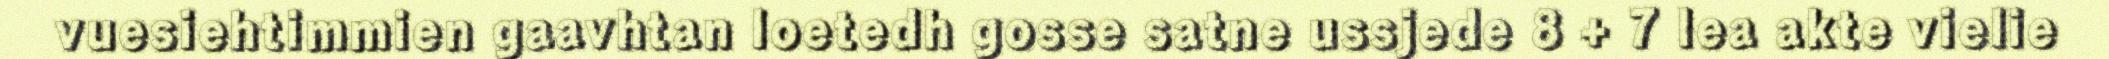
vuesiehtimmien gaavhtan loetedh gosse satne ussjede 8 + 7 lea akte vielie